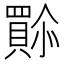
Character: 𫣿